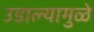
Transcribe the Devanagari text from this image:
उडाल्यामुळे